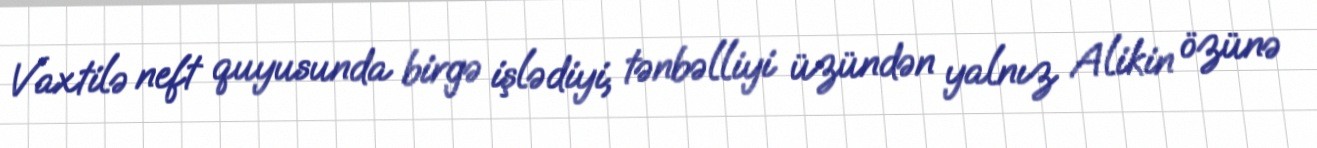
Vaxtilə neft quyusunda birgə işlədiyi, tənbəlliyi üzündən yalnız Alikin özünə